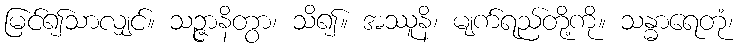
မြင်၍သာလျှင်။ သဉ္ဇာနိတွာ၊ သိ၍။ အဿူနိ၊ မျက်ရည်တို့ကို။ သန္ဓာရေတုံ၊